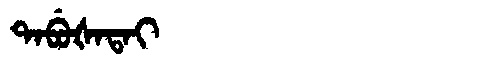
Manchu: ᡨᠠᠪᡠᡧᠠᡨᠠᡳ
Romanization: TABUŠATAI